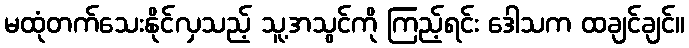
မထုံတက်သေးနိုင်လှသည့် သူ့အသွင်ကို ကြည့်ရင်း ဒေါသက ထချင်ချင်။